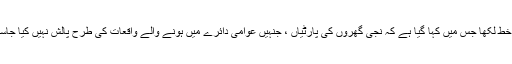
اور پن کرسٹ کے میئر جوزف کورادینو نے ایک کھلا خط لکھا جس میں کہا گیا ہے کہ نجی گھروں کی پارٹیاں ، جنہیں عوامی دائرے میں ہونے والے واقعات کی طرح پالش نہیں کیا جاسکتا ہے ، اس کے مقامی مقام کا سب سے بڑا مسئلہ تھا۔